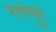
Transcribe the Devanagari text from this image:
रगंपुर